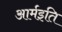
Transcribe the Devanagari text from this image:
आर्मइति